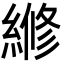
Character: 𬗲